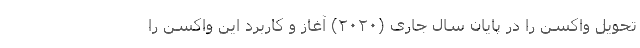
تحویل واکسن را در پایان سال جاری (۲۰۲۰) آغاز و کاربرد این واکسن را